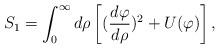
LaTeX: \begin{align*}S_1 = \int_0^\infty d\rho \left[({d\varphi \over d\rho})^2 +U(\varphi)\right] , \end{align*}